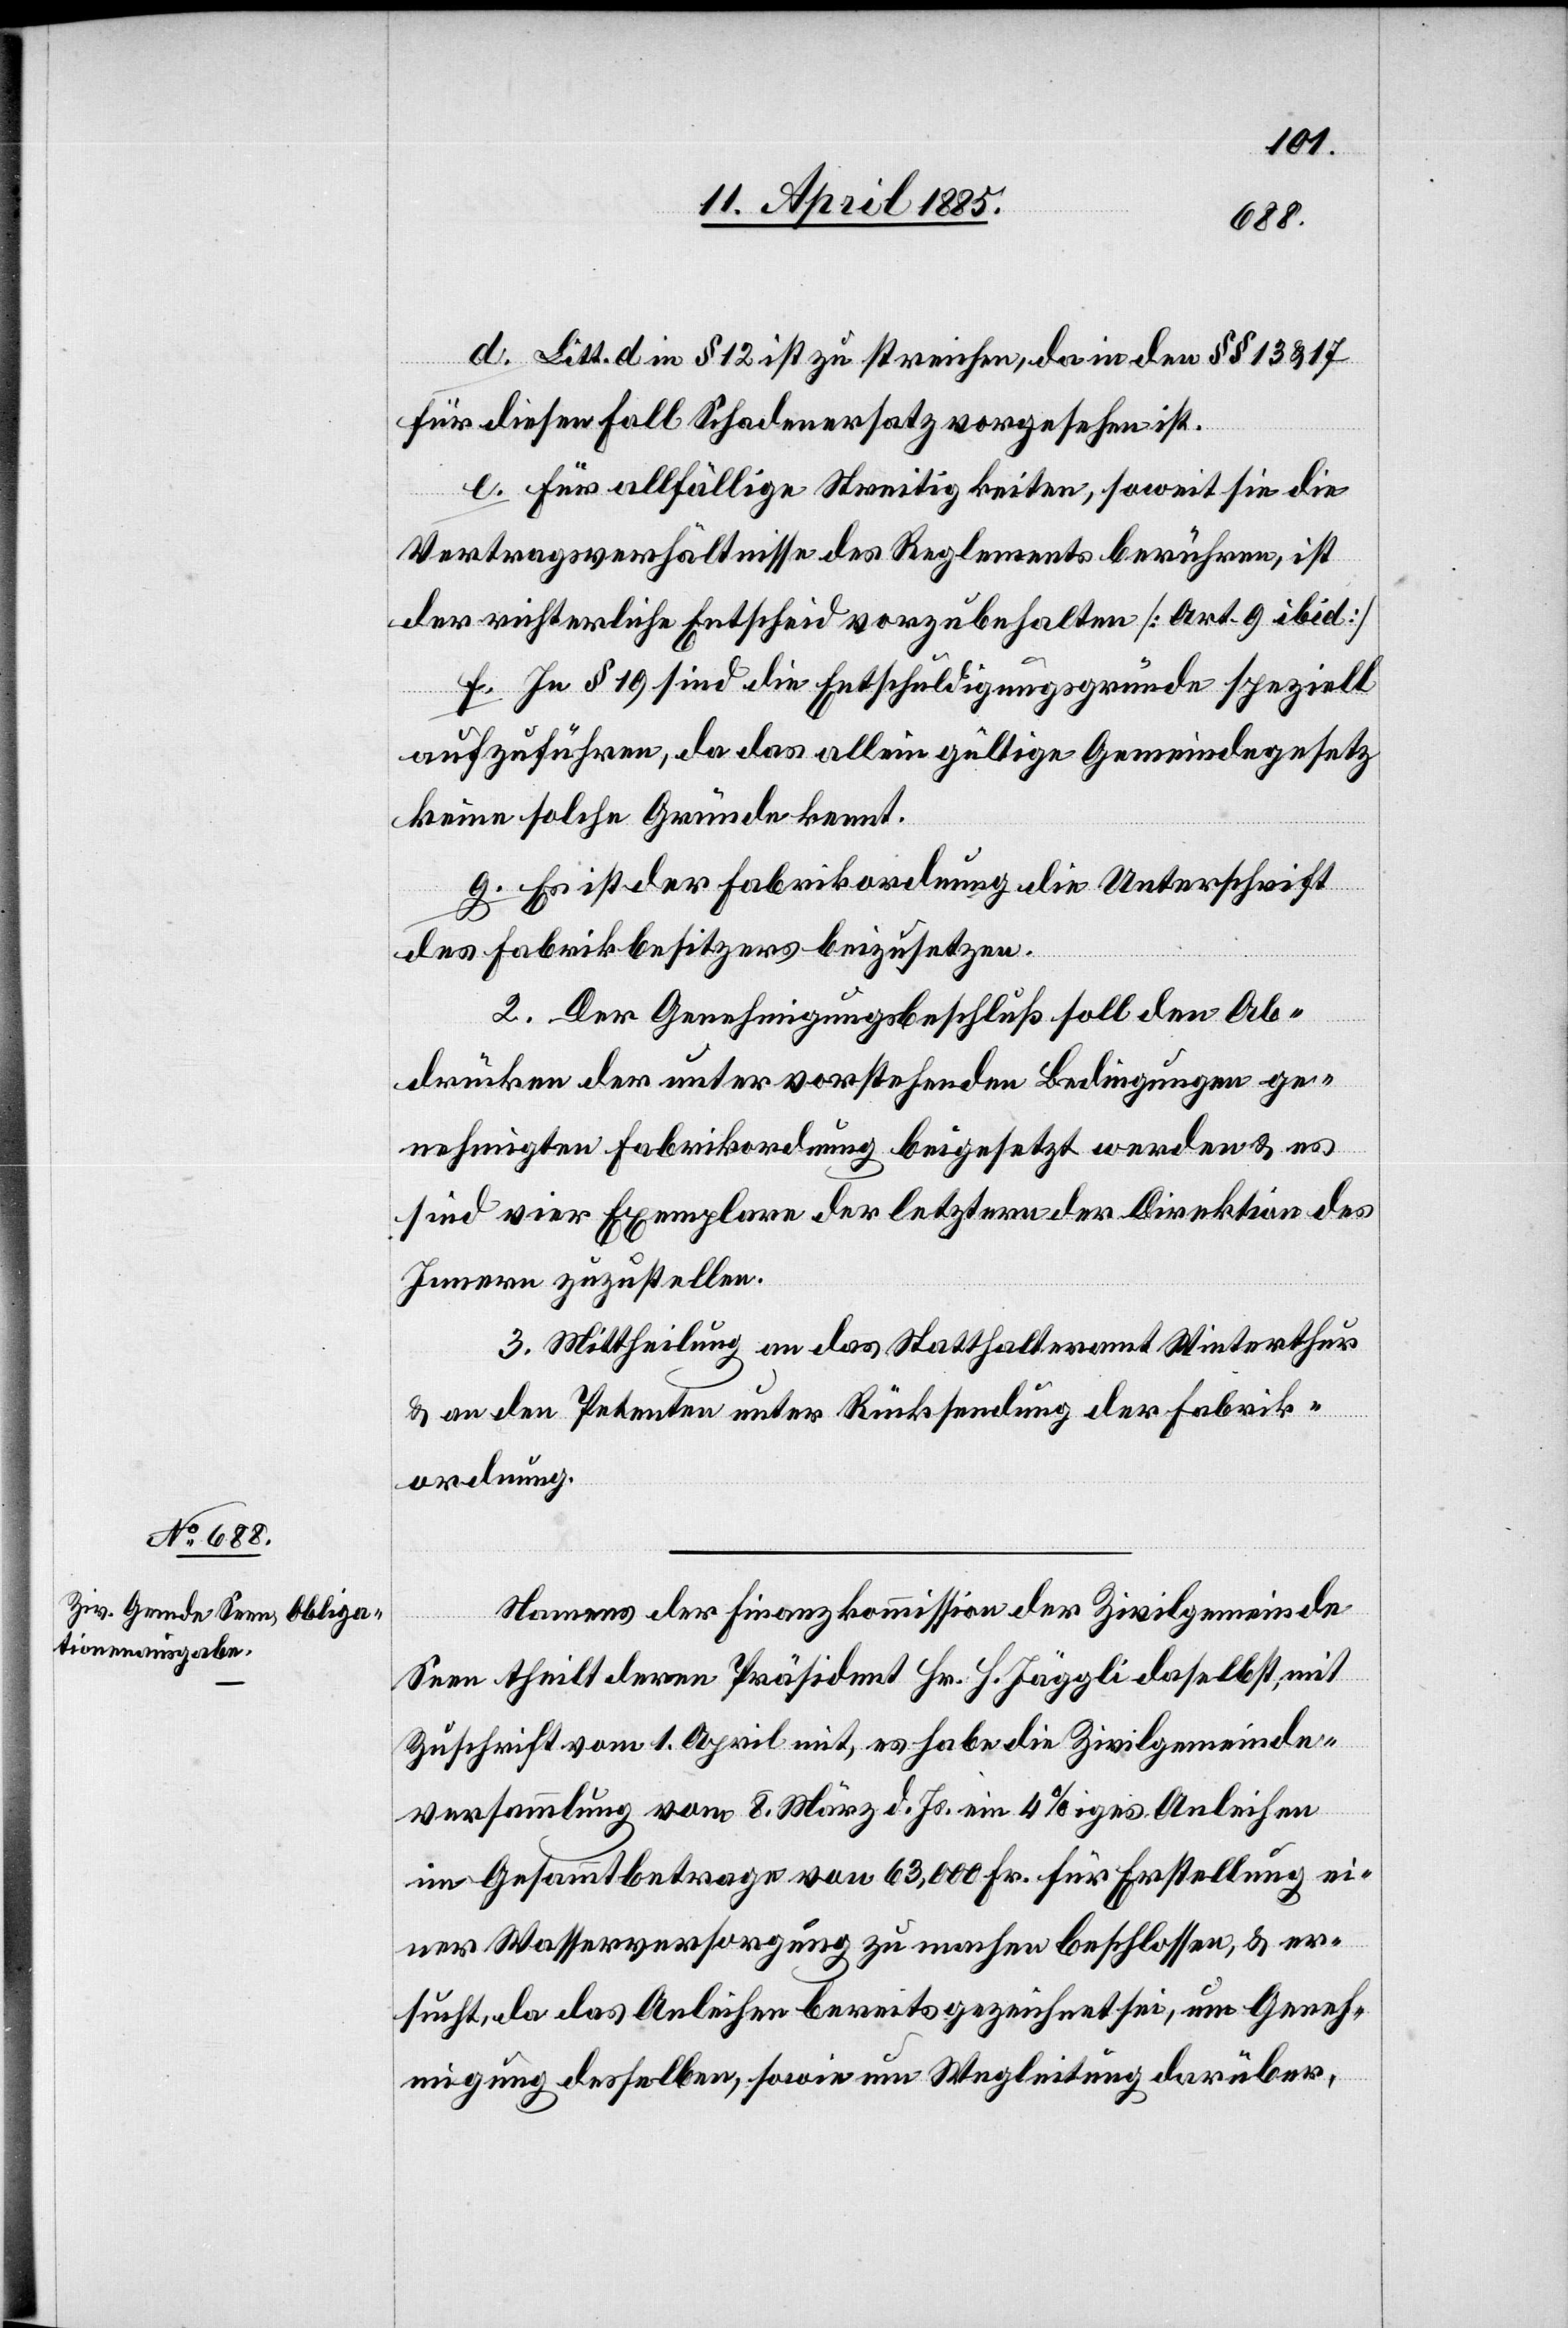
d. Litt. d in § 12 ist zu streichen, da in den §§ 13 & 17
für diesen Fall Schadenersatz vorgesehen ist.
e. Für allfällige Streitigkeiten, soweit sie die
Vertragsverhältnisse des Reglements berühren, ist
der richterliche Entscheid vorzubehalten [Art. 9 ibid].
f. In § 19 sind die Entschuldigungsgründe speziell
auszuführen, da das allein gültige Gemeindegesetz
keine solchen Gründe kennt.
g. Es ist der Fabrikordnung die Unterschrift
des Fabrikbesitzers beizusetzen.
2. Der Genehmigungsbeschluß soll den Ab¬
drücken der unter vorstehenden Bedingungen ge¬
nehmigten Fabrikordnung beigesetzt werden & es
sind vier Exemplare der letztern der Direktion des
Innern zuzustellen.
3. Mittheilung an das Statthalteramt Winterthur
& an den Petenten unter Rücksendung der Fabrik¬
ordnung.
Namens der Finanzkommission der Zivilgemeinde
Seen theilt deren Präsident Hr. H. Jäggli daselbst, mit
Zuschrift vom 1. April mit, es habe die Zivilgemeinde¬
versammlung vom 8. März d. Js. ein 4%iges Anleihen
im Gesammtbetrage von 63,000 Fr. für Erstellung ei¬
ner Wasserversorgung zu machen beschlossen, & er
sucht, da das Anleihen bereits gezeichnet sei, um Geneh¬
migung desselben, sowie um Wegleitung darüber,